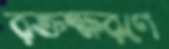
রক্তক্ষরণে